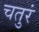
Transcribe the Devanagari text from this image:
चतुरं